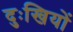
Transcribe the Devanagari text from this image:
दुःखियों